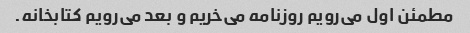
مطمئن اول می‌رویم روزنامه می‌خریم و بعد می‌رویم کتابخانه.